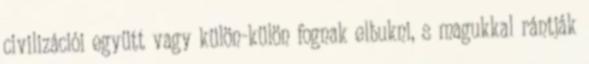
civilizációi együtt vagy külön-külön fognak elbukni, s magukkal rántják